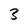
Character: 3